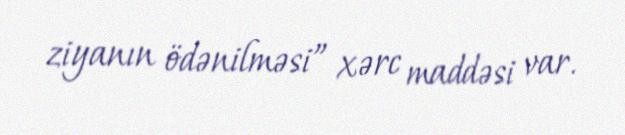
ziyanın ödənilməsi” xərc maddəsi var.